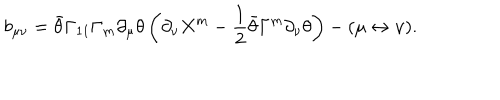
LaTeX: b _ { \mu \nu } = \bar { \theta } \Gamma _ { 1 1 } \Gamma _ { m } \partial _ { \mu } \theta \left( \partial _ { \nu } X ^ { m } - { \frac { 1 } { 2 } } \bar { \theta } \Gamma ^ { m } \partial _ { \nu } \theta \right) - ( \mu \leftrightarrow \nu ) .